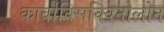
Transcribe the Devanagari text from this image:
कार्बाक्सिक्विनोलोन